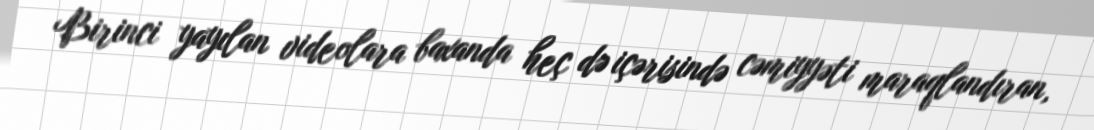
Birinci yayılan videolara baxanda heç də içərisində cəmiyyəti maraqlandıran,